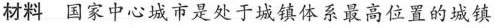
材料 国家中心城市是处于城镇体系最高位置的城镇